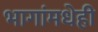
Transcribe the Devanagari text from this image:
भागांमधेही